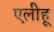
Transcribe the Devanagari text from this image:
एलीहू